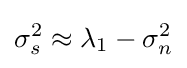
\sigma _{s}^{2}\approx \lambda _{1}-\sigma _{n}^{2}